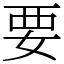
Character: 要